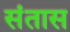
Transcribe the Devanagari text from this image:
संतास